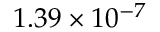
1 . 3 9 \times 1 0 ^ { - 7 }